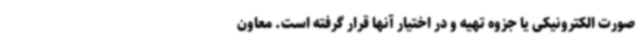
صورت الکترونیکی یا جزوه تهیه و در اختیار آنها قرار گرفته است. معاون